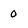
Character: 0